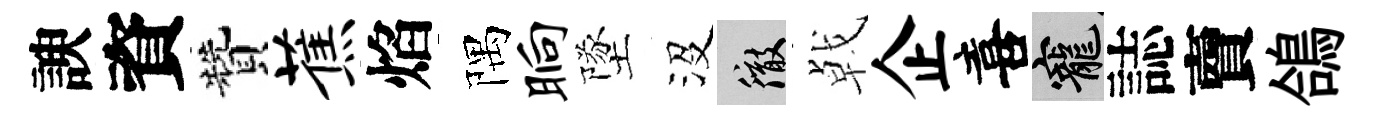
諛資贊蕉焰隅晌墜沒徹㦸企喜寵誌𧶠鴿